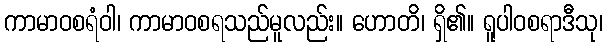
ကာမာဝစရံဝါ၊ ကာမာဝစရသည်မူလည်း။ ဟောတိ၊ ရှိ၏။ ရူပါဝစရာဒီသု၊